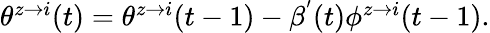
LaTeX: \begin{array}{r}{\theta^{z\rightarrow i}(t)=\theta^{z\rightarrow i}(t-1)-\beta^{'}(t)\phi^{z\rightarrow i}(t-1).}\end{array}